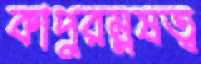
কাপুরম্নষত্ব